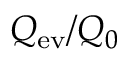
Q _ { \mathrm { e v } } / Q _ { 0 }